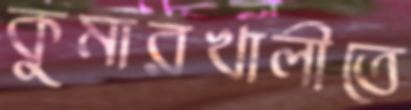
কুমারখালীতে